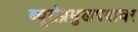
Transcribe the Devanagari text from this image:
ब्यूरोप्रमुखपदावर